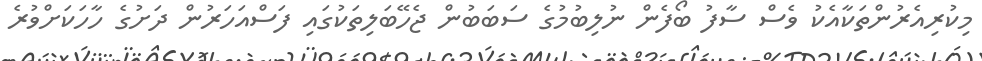
މިކުރިއެރުންތަކާއެކު ވެސް ސާފު ބޯފެން ނުލިބުމުގެ ސަބަބުން ޖެހޭބަލިތަކުގައި ފަސްއަހަރުން ދަށުގެ ހާހަކަށްވުރެ